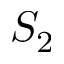
S _ { 2 }